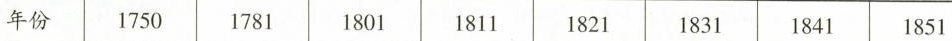
年份 1750 1781 1801 1811 1821 1831 1841 1851